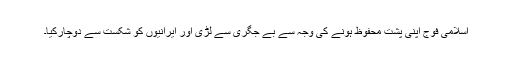
اسلامی فوج اپنی پشت محفوظ ہونے کی وجہ سے بے جگری سے لڑی اور ایرانیوں کو شکست سے دوچارکیا۔